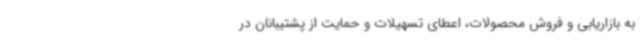
به بازاریابی و فروش محصولات، اعطای تسهیلات و حمایت از پشتیبانان در